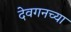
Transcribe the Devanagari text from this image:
देवगनच्या